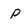
Character: P